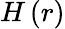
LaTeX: H\left(r\right)